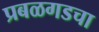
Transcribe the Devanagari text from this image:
प्रबळगडचा